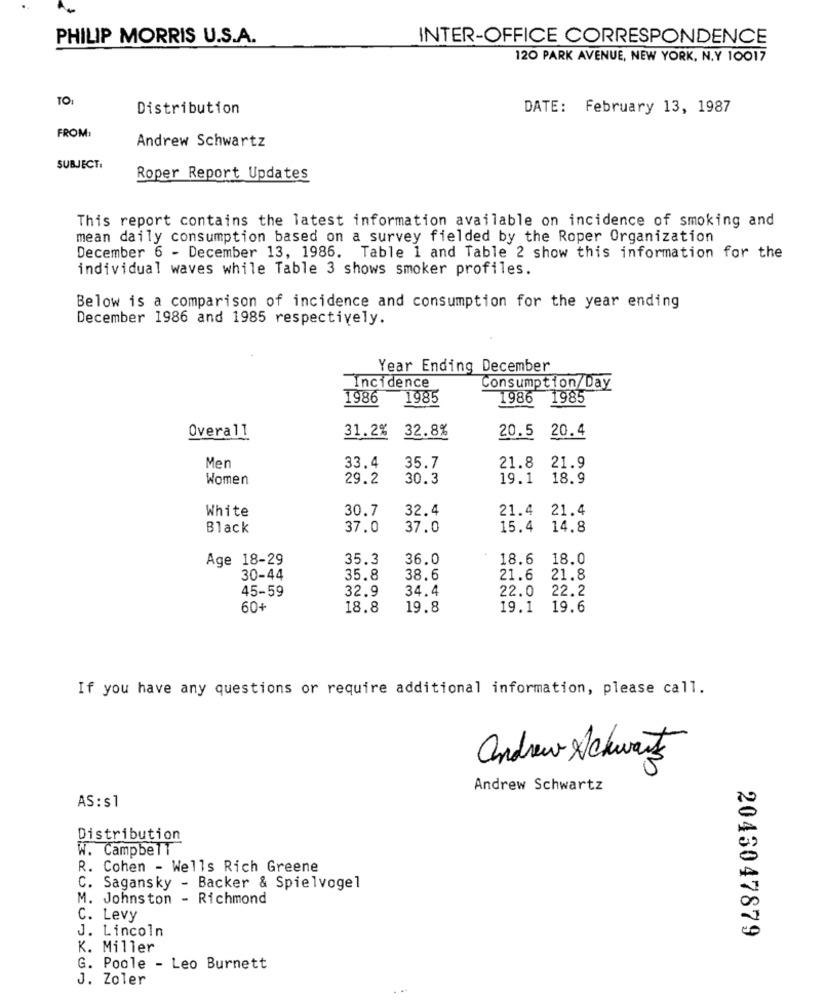
PHILIP MORRIS U.S.A.
INTER-OFFICE CORRESPONDENCE
120 PARK AVENUE, NEW YORK, N.Y 10017
TO:
Distribution
DATE: February 13, 1987
FROM:
Andrew Schwartz
SUBJECT:
Roper Report Updates
This report contains the latest information available on incidence of smoking and
mean daily consumption based on a survey fielded by the Roper Organization
December 6 - December 13, 1986. Table 1 and Table 2 show this information for the
individual waves while Table 3 shows smoker profiles.
Below is a comparison of incidence and consumption for the year ending
December 1986 and 1985 respectively.
Year Ending December
Incidence
Consumption/Day
1986
1985
1986 1985
Overall
31.2%
32.8%
20.5 20.4
Men
33.4
35.7
21.8
21.9
Women
29.2
30.3
19.1
18.9
White
30.7
32.4
21.4 21.4
Black
37.0
37.0
15.4
14.8
Age 18-29
35.3
36.0
18.6
18.0
30-44
35.8
38.6
21.6
21.8
45-59
32.9
34.4
22.0
22.2
60+
18.8
19.8
19.1
19.6
If you have any questions or require additional information, please call.
andrew Schwarts
Andrew Schwartz
AS : s1
Distribution
W. Campbell
R. Cohen - Wells Rich Greene
C. Sagansky - Backer & Spielvogel
M. Johnston - Richmond
C. Levy
J. Lincoln
2043047879
K. Miller
G. Poole - Leo Burnett
J. Zoler
. ..